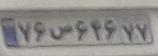
۷۶س۶۴۶۷۷